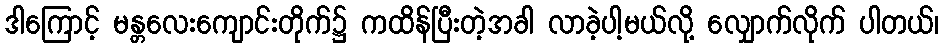
ဒါကြောင့် မန္တလေးကျောင်းတိုက်၌ ကထိန်ပြီးတဲ့အခါ လာခဲ့ပါ့မယ်လို့ လျှောက်လိုက် ပါတယ်၊